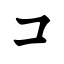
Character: コ